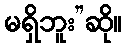
မရှိဘူး”ဆို။